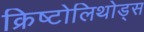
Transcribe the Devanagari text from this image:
क्रिष्टोलिथोड्स